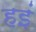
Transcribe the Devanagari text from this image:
हइं